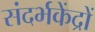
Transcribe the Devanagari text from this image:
संदर्भकेंद्रों